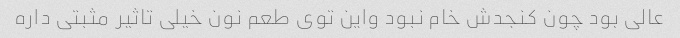
عالی بود چون کنجدش خام نبود واین توی طعم نون خیلی تاثیر مثبتی داره